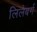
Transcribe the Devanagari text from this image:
लिलेबर्ग